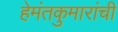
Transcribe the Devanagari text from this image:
हेमंतकुमारांची